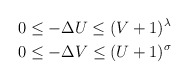
\begin{align*} &0\leq -\Delta U\leq (V+1)^\lambda \\ &0\leq -\Delta V\leq (U+1)^\sigma\end{align*}